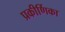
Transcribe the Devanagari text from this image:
प्रकीर्णिका